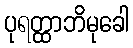
ပုရတ္ထာဘိမုခေါ